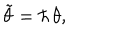
LaTeX: { \tilde { \theta } } = \hbar \, \theta ,